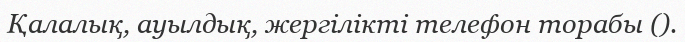
Қалалық, ауылдық, жергілікті телефон торабы ().